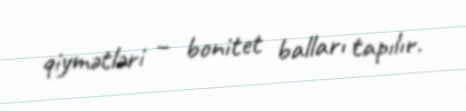
qiymətləri – bonitet balları tapılır.